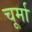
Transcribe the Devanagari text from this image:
चूर्मा